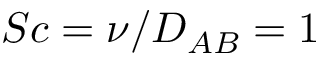
S c = \nu / D _ { A B } = 1